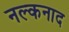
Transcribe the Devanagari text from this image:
नल्कनाद